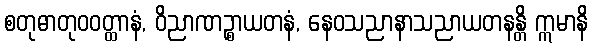
စတုဓာတုဝဝတ္ထာနံ, ဝိညာဏဉ္စာယတနံ, နေဝသညာနာသညာယတနန္တိ ဣမာနိ